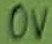
Text: 0V